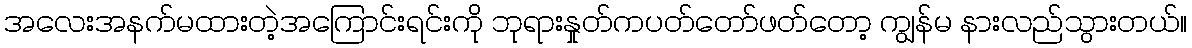
အလေးအနက်မထားတဲ့အကြောင်းရင်းကို ဘုရားနှုတ်ကပတ်တော်ဖတ်တော့ ကျွန်မ နားလည်သွားတယ်။